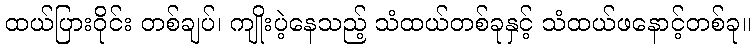
ထယ်ပြားဝိုင်း တစ်ချပ်၊ ကျိုးပဲ့နေသည့် သံထယ်တစ်ခုနှင့် သံထယ်ဖနောင့်တစ်ခု။